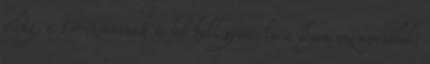
világ, a turizmusnak is fel kell gyorsulnia ilyen szempontból,